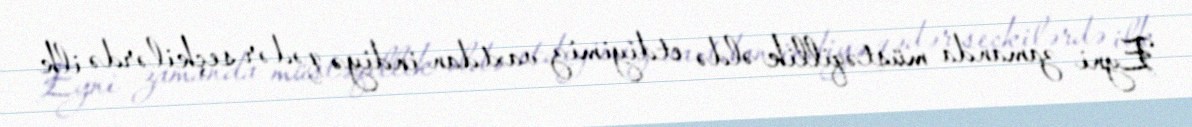
Eyni zamanda müstəqillik əldə etdiyimiz vaxtdan indiyə qədər seçkilərdə ilk